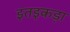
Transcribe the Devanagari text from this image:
इतइकड़ा